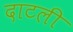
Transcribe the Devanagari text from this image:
दाटली